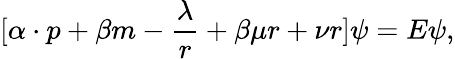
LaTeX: [{\mathbf\alpha\cdot p}+\beta m-\frac{\lambda}{r}+\beta\mu r+\nu r]\psi=E\psi,